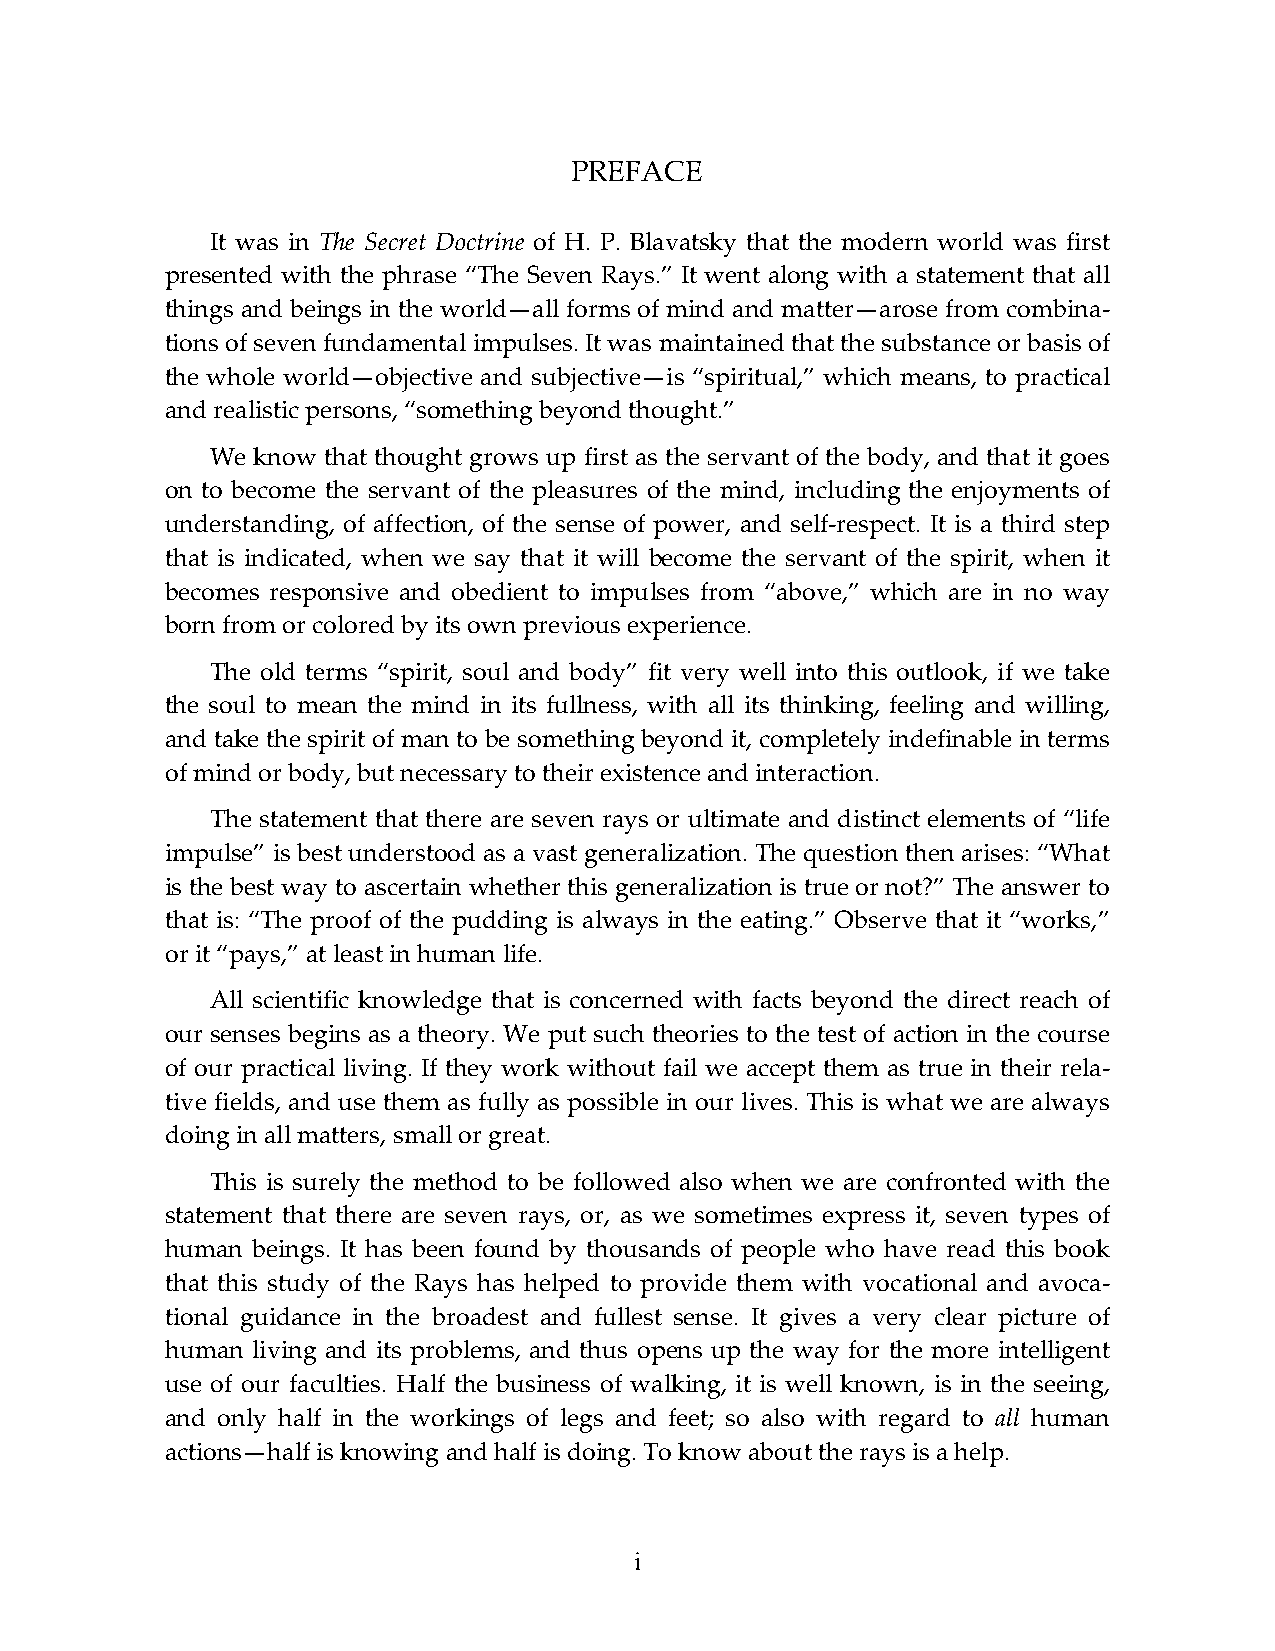
PREFACE
 It was in The Secret Doctrine of Н. P. Blavatsky that the modern world was first
 presented with the phrase “The Seven Rays.” It went along with a statement that all
 things and beings in the world—all forms of mind and matter—arose from combina-
 tions of seven fundamental impulses. It was maintained that the substance or basis of
 the whole world—objective and subjective—is “spiritual,” which means, to practical
 and realistic persons, “something beyond thought.”
 We know that thought grows up first as the servant of the body, and that it goes
 on to become the servant of the pleasures of the mind, including the enjoyments of
 understanding, of affection, of the sense of power, and self-respect. It is a third step
 that is indicated, when we say that it will become the servant of the spirit, when it
 becomes responsive and obedient to impulses from “above,” which are in no way
 born from or colored by its own previous experience.
 The old terms “spirit, soul and body” fit very well into this outlook, if we take
 the soul to mean the mind in its fullness, with all its thinking, feeling and willing,
 and take the spirit of man to be something beyond it, completely indefinable in terms
 of mind or body, but necessary to their existence and interaction.
 The statement that there are seven rays or ultimate and distinct elements of “life
 impulse” is best understood as a vast generalization. The question then arises: “What
 is the best way to ascertain whether this generalization is true or not?” The answer to
 that is: “The proof of the pudding is always in the eating.” Observe that it “works,”
 or it “pays,” at least in human life.
 All scientific knowledge that is concerned with facts beyond the direct reach of
 our senses begins as a theory. We put such theories to the test of action in the course
 of our practical living. If they work without fail we accept them as true in their rela-
 tive fields, and use them as fully as possible in our lives. This is what we are always
 doing in all matters, small or great.
 This is surely the method to be followed also when we are confronted with the
 statement that there are seven rays, or, as we sometimes express it, seven types of
 human beings. It has been found by thousands of people who have read this book
 that this study of the Rays has helped to provide them with vocational and avoca-
 tional guidance in the broadest and fullest sense. It gives a very clear picture of
 human living and its problems, and thus opens up the way for the more intelligent
 use of our faculties. Half the business of walking, it is well known, is in the seeing,
 and only half in the workings of legs and feet; so also with regard to all human
 actions—half is knowing and half is doing. To know about the rays is a help.
 i